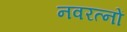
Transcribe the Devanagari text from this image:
नवरत्‍नों